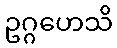
ဥဂ္ဂဟေသိ